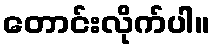
တောင်းလိုက်ပါ။